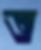
ত